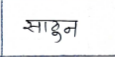
मजकूर: साठून